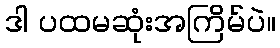
ဒါ ပထမဆုံးအကြိမ်ပဲ။